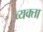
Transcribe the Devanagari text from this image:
व्यक्ता